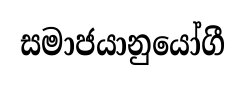
සමාජයානුයෝගී